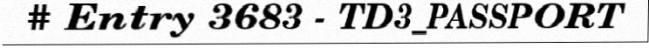
# Entry 3683 - TD3_PASSPORT